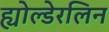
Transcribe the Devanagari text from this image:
ह्योल्डेरलिन